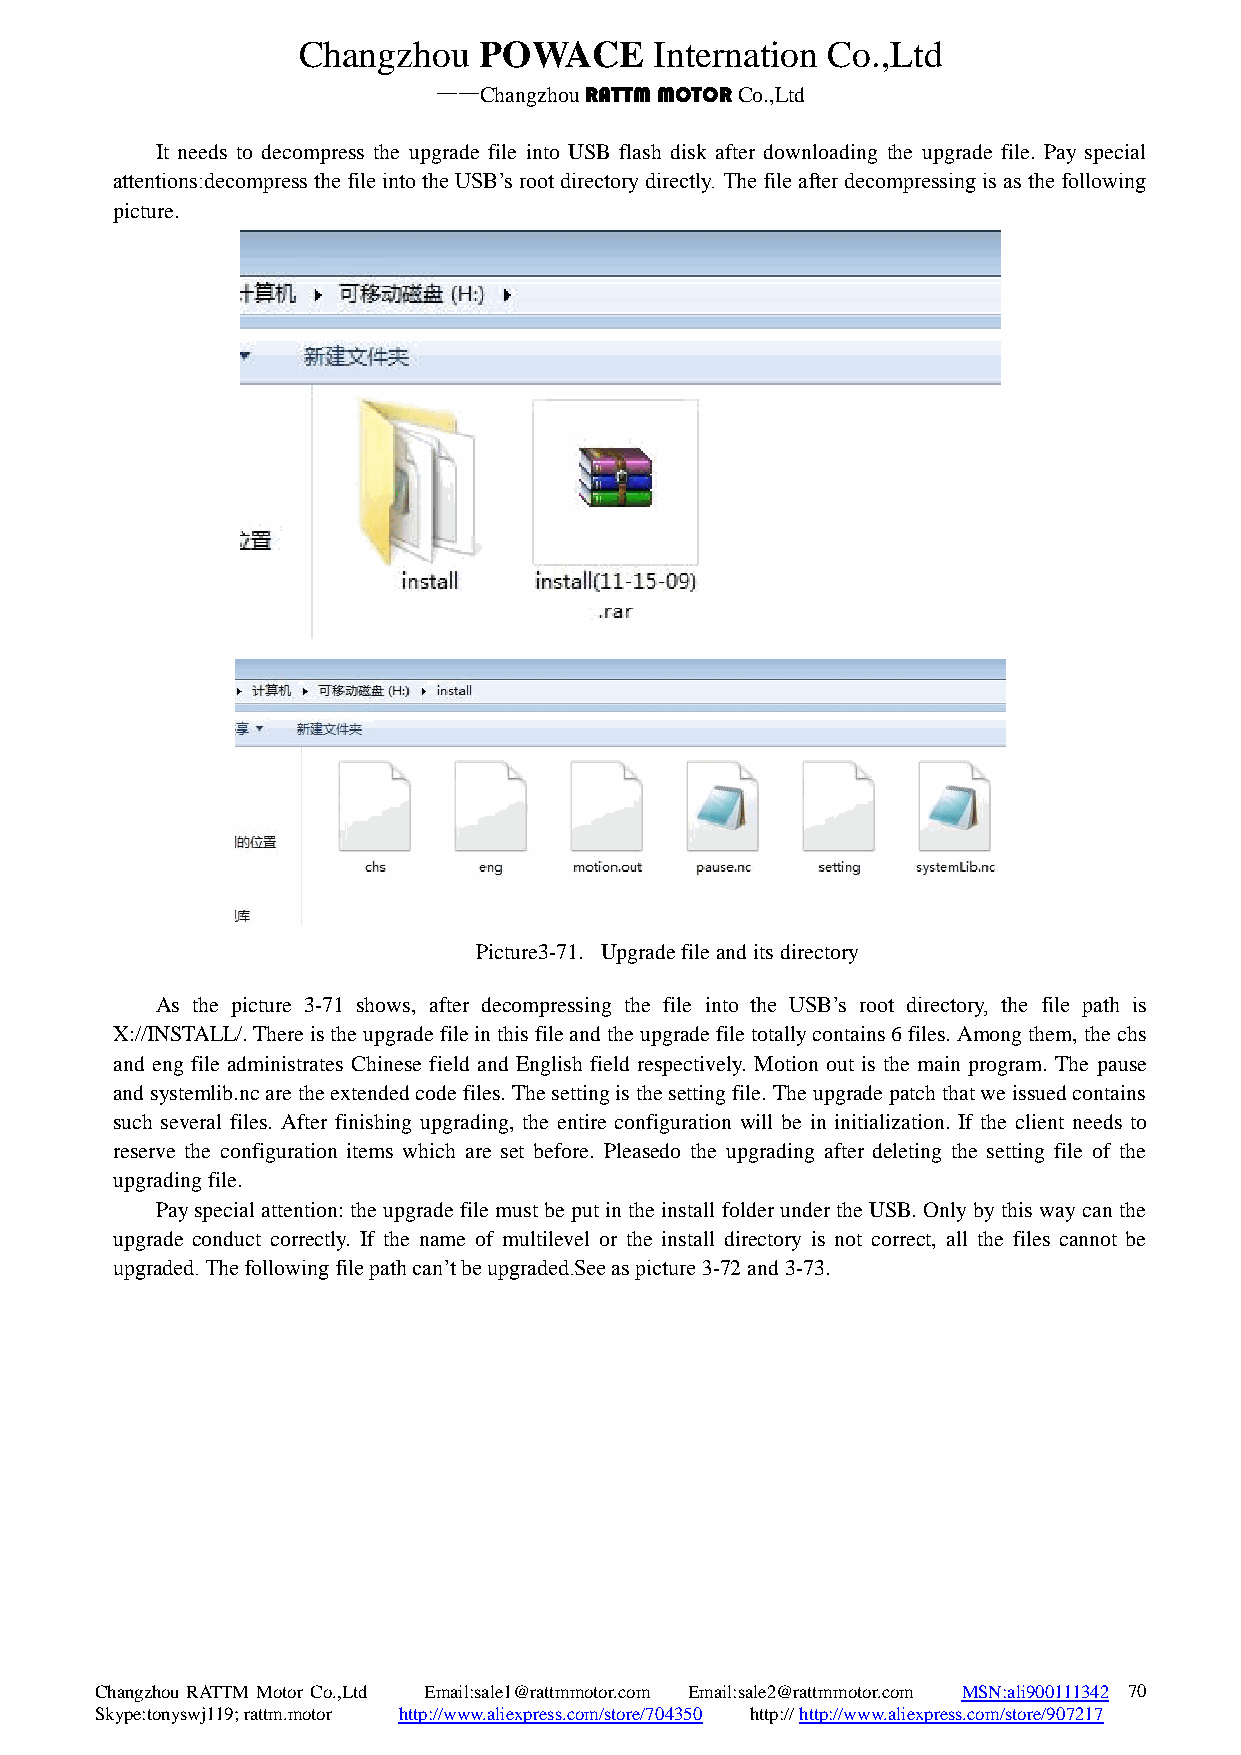
Changzhou   POWACE     Internation Co.,Ltd
 ——Changzhou RATTM MOTOR Co.,Ltd
 It needs to decompress the upgrade file into USB flash disk after downloading the upgrade file. Pay special
 attentions:decompress the file into the USB’s root directory directly. The file after decompressing is as the following
 picture.
 Picture3-71. Upgrade file and its directory
 As the picture 3-71 shows, after decompressing the file into the USB’s root directory, the file path is
 X://INSTALL/. There is the upgrade file in this file and the upgrade file totally contains 6 files. Among them, the chs
 and eng file administrates Chinese field and English field respectively. Motion out is the main program. The pause
 and systemlib.nc are the extended code files. The setting is the setting file. The upgrade patch that we issued contains
 such several files. After finishing upgrading, the entire configuration will be in initialization. If the client needs to
 reserve the configuration items which are set before. Pleasedo the upgrading after deleting the setting file of the
 upgrading file.
 Pay special attention: the upgrade file must be put in the install folder under the USB. Only by this way can the
 upgrade conduct correctly. If the name of multilevel or the install directory is not correct, all the files cannot be
 upgraded. The following file path can’t be upgraded.See as picture 3-72 and 3-73.
 Changzhou RATTM Motor Co.,Ltd Email:sale1@rattmmotor.com Email:sale2@rattmmotor.com MSN:ali900111342 7 0
 Skype:tonyswj119; rattm.motor http://www.aliexpress.com/store/704350 http:// http://www.aliexpress.com/store/907217